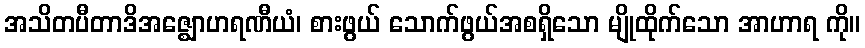
အသိတပီတာဒိအဇ္ဈောဟရဏီယံ၊ စားဖွယ် သောက်ဖွယ်အစရှိသော မျိုထိုက်သော အာဟာရ ကို။